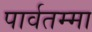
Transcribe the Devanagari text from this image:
पार्वतम्मा